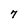
Character: 7